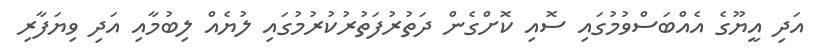
އަދި އީޔޫގެ އެއްބަސްވުމުގައި ސޮއި ކޮށްގެން ދަތުރުފަތުރުކުރުމުގައި ލުޔެއް ލިބުމާއި އަދި ވިޔަފާރި